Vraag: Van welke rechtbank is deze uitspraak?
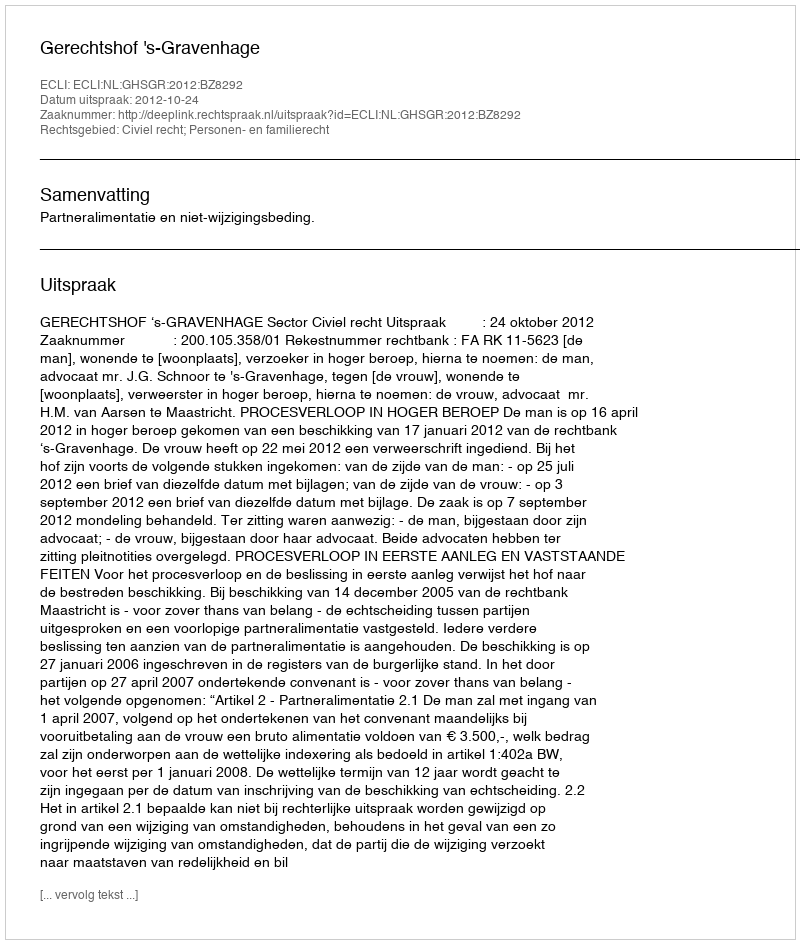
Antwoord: Gerechtshof 's-Gravenhage